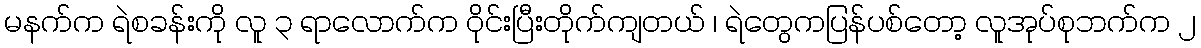
မနက်က ရဲစခန်းကို လူ ၃ ရာလောက်က ဝိုင်းပြီးတိုက်ကျတယ် ၊ ရဲတွေကပြန်ပစ်တော့ လူအုပ်စုဘက်က ၂